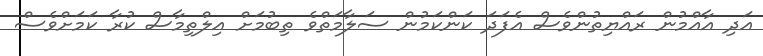
އަދި އާއްމުން ރައްޔިތުންވެސް އެފަދަ ކަންކަމުން ސަލާމަތްވެ ތިބުމަށް އިލްތިމާސް ކުރާ ކަމަށްވެސް